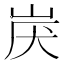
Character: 𱛟